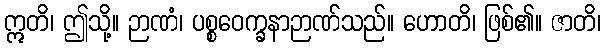
ဣတိ၊ ဤသို့။ ဉာဏံ၊ ပစ္စဝေက္ခနာဉာဏ်သည်။ ဟောတိ၊ ဖြစ်၏။ ဇာတိ၊